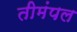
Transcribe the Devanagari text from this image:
तीमंपल